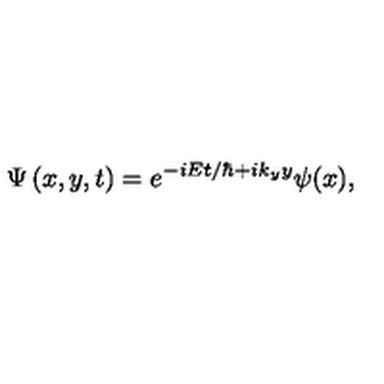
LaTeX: \Psi \left( x , y , t \right) = e ^ { - i E t / \hbar + i k _ { y } y } \psi ( x ) ,